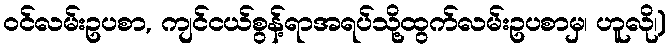
ဝင်လမ်းဥပစာ, ကျင်ငယ်စွန့်ရာအရပ်သို့ထွက်လမ်းဥပစာမှ၊ ဟူလို၊)